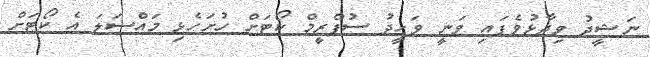
ނަޝީދު ވިދާޅުވެފައި ވަނީ ވަހީދު ސުޕްރީމް ކޯޓަށް ހުށަހެޅި މައްސަލަ އެ ކޯޓަށް